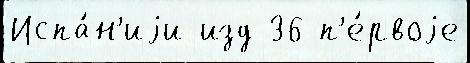
Испа́н'иjи изд 36 п'е́рвоjе